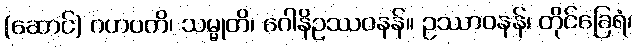
(ဆောင်) ဂဟပတိ၊ သမ္မုတိ၊ ဂေါနိဥဿဝနန်။ ဥဿာဝနန်၊ တိုင်ခြေရံ၊